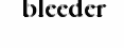
bleeder